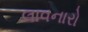
લાવનારો